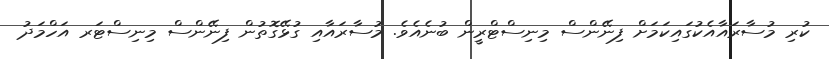
ކުރި މުސާރައާއެކުގައިކަމަށް ފިނޭންސް މިނިސްޓްރީން ބުނެއެވެ. މުސާރައާއި ގުޅޭގޮތުން ފިނޭންސް މިނިސްޓަރ އަހްމަދު